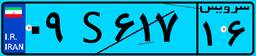
۰۹S۶۱۷۱۶